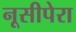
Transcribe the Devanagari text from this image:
नूसीपेरा